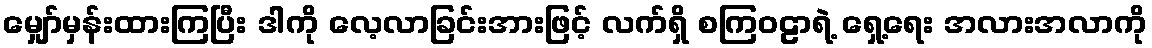
မျှော်မှန်းထားကြပြီး ဒါကို လေ့လာခြင်းအားဖြင့် လက်ရှိ စကြဝဠာရဲ့ ရှေ့ရေး အလားအလာကို